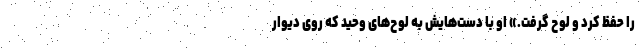
را حفظ کرد و لوح گرفت.» او با دست‌هایش به لوح‌های وحید که روی دیوار